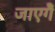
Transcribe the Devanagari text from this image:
जाएगेँ